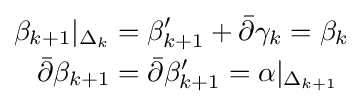
{\begin{aligned}\beta _{k+1}|_{\Delta _{k}}&=\beta '_{k+1}+{\bar {\partial }}\gamma _{k}=\beta _{k}\\{\bar {\partial }}\beta _{k+1}&={\bar {\partial }}\beta '_{k+1}=\alpha |_{\Delta _{k+1}}\end{aligned}}